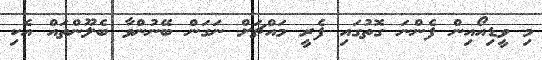
މި ވީޑިއޯއިން ފެންނަ ގޮތުގައި ފެރީ މައްޗަށް ނަގަން ބޭނުންވާ ބެލޫންތައް އެކި